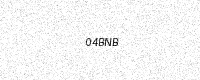
Text: 04BNB